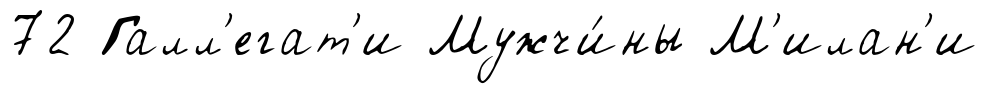
72 Галл'егат'и Мужчи́ны М'илан'и